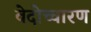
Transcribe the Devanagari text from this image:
वेदोच्चारण